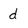
Character: d